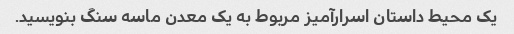
یک محیط داستان اسرارآمیز مربوط به یک معدن ماسه سنگ بنویسید.